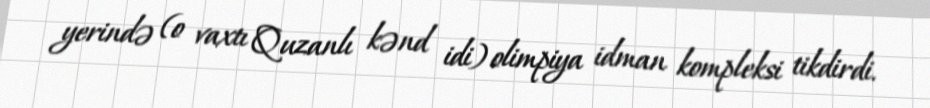
yerində (o vaxtı Quzanlı kənd idi) olimpiya idman kompleksi tikdirdi.